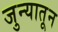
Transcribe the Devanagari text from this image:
जुन्यातून